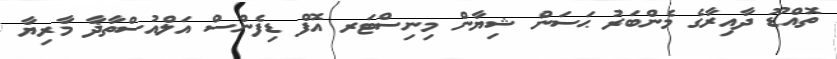
ތޮއްޑޫ ދާއިރާގެ މެންބަރު ޙަސަން ޝިޔާން މިނިސްޓަރ އޮފް ޑިފެންސް އަލްއުސްތާޛާ މާރިޔާ